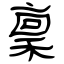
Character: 稟